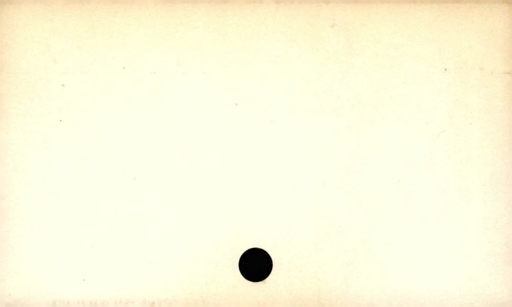
Label: blank